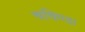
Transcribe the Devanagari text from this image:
चचिण्डा